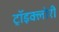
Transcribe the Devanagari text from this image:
ट्रॉइक्लोरी